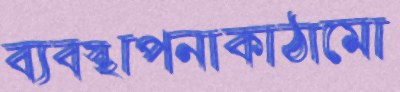
ব্যবস্থাপনাকাঠামো